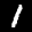
Label: 1